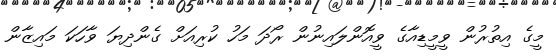
މީގެ އިތުރުން ވީމީޑިއާގެ ވީއޮންލައިނުން ރޯދަ މަހު ކުރިއަށް ގެންދިޔަ ވާހަކަ މައިޒާން